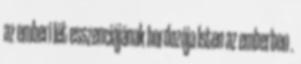
az emberi lét esszenciájának hordozója Isten az emberben .